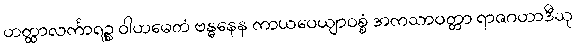
ဟတ္ထာလင်္ကာရဉ္စ ဝါဟမေတံ ဗန္ဓနေန ကာယဝေယျာဝစ္စံ အကသာဝတ္တာ ရာဇဂဟာဒီသု